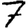
Digit: 7